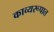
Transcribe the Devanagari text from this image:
काव्यरूपात